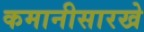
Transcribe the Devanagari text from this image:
कमानीसारखे